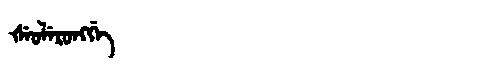
Manchu: ᡧᡝᠣᠯᡝᡵᠣᠩᡤᡝ
Romanization: ŠEOLERONGGE